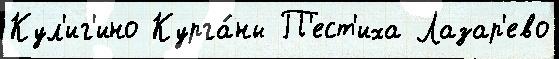
Кул'иг'ино Курга́ны П'ест'иха Лазар'ево